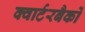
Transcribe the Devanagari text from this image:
क्वार्टरबैकों